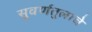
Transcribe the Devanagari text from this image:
सुवर्णतुलाचे